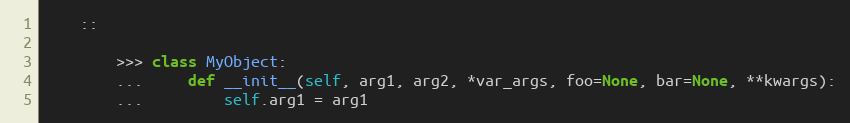
Language: Python
    ::

        >>> class MyObject:
        ...     def __init__(self, arg1, arg2, *var_args, foo=None, bar=None, **kwargs):
        ...         self.arg1 = arg1